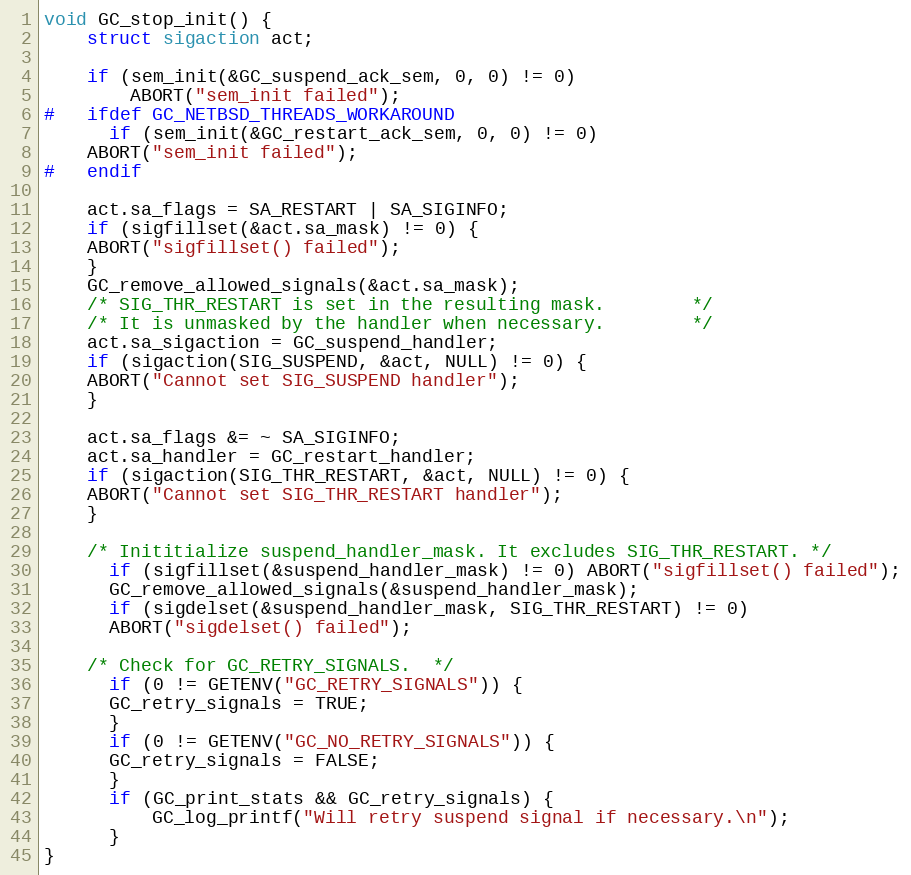
Language: C
void GC_stop_init() {
    struct sigaction act;

    if (sem_init(&GC_suspend_ack_sem, 0, 0) != 0)
        ABORT("sem_init failed");
#   ifdef GC_NETBSD_THREADS_WORKAROUND
      if (sem_init(&GC_restart_ack_sem, 0, 0) != 0)
	ABORT("sem_init failed");
#   endif

    act.sa_flags = SA_RESTART | SA_SIGINFO;
    if (sigfillset(&act.sa_mask) != 0) {
	ABORT("sigfillset() failed");
    }
    GC_remove_allowed_signals(&act.sa_mask);
    /* SIG_THR_RESTART is set in the resulting mask.		*/
    /* It is unmasked by the handler when necessary. 		*/
    act.sa_sigaction = GC_suspend_handler;
    if (sigaction(SIG_SUSPEND, &act, NULL) != 0) {
	ABORT("Cannot set SIG_SUSPEND handler");
    }

    act.sa_flags &= ~ SA_SIGINFO;
    act.sa_handler = GC_restart_handler;
    if (sigaction(SIG_THR_RESTART, &act, NULL) != 0) {
	ABORT("Cannot set SIG_THR_RESTART handler");
    }

    /* Inititialize suspend_handler_mask. It excludes SIG_THR_RESTART. */
      if (sigfillset(&suspend_handler_mask) != 0) ABORT("sigfillset() failed");
      GC_remove_allowed_signals(&suspend_handler_mask);
      if (sigdelset(&suspend_handler_mask, SIG_THR_RESTART) != 0)
	  ABORT("sigdelset() failed");

    /* Check for GC_RETRY_SIGNALS.	*/
      if (0 != GETENV("GC_RETRY_SIGNALS")) {
	  GC_retry_signals = TRUE;
      }
      if (0 != GETENV("GC_NO_RETRY_SIGNALS")) {
	  GC_retry_signals = FALSE;
      }
      if (GC_print_stats && GC_retry_signals) {
          GC_log_printf("Will retry suspend signal if necessary.\n");
      }
}